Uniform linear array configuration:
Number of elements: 12
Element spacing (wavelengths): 0.75
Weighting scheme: binomial
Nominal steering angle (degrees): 15
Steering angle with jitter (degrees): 14.617
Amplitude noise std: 0.05
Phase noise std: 0.05

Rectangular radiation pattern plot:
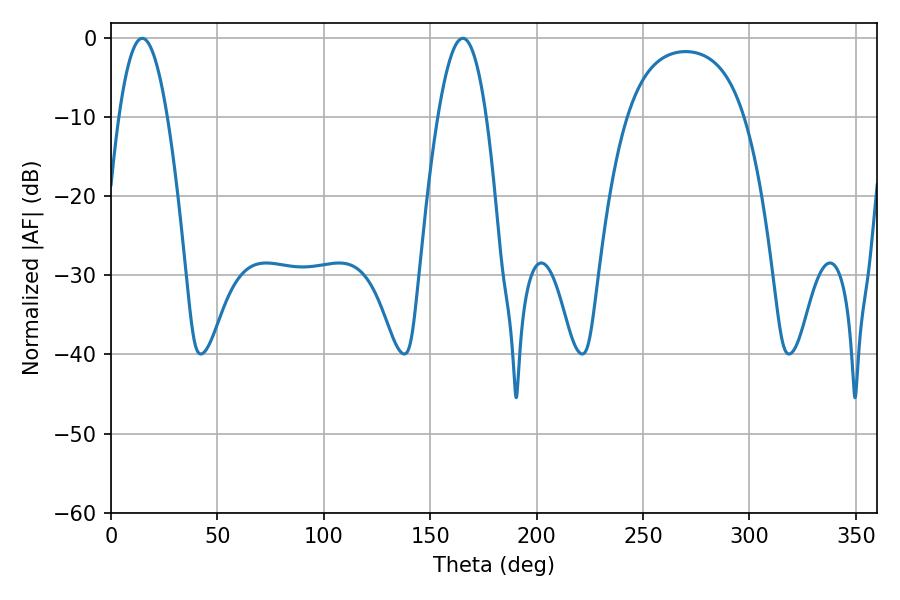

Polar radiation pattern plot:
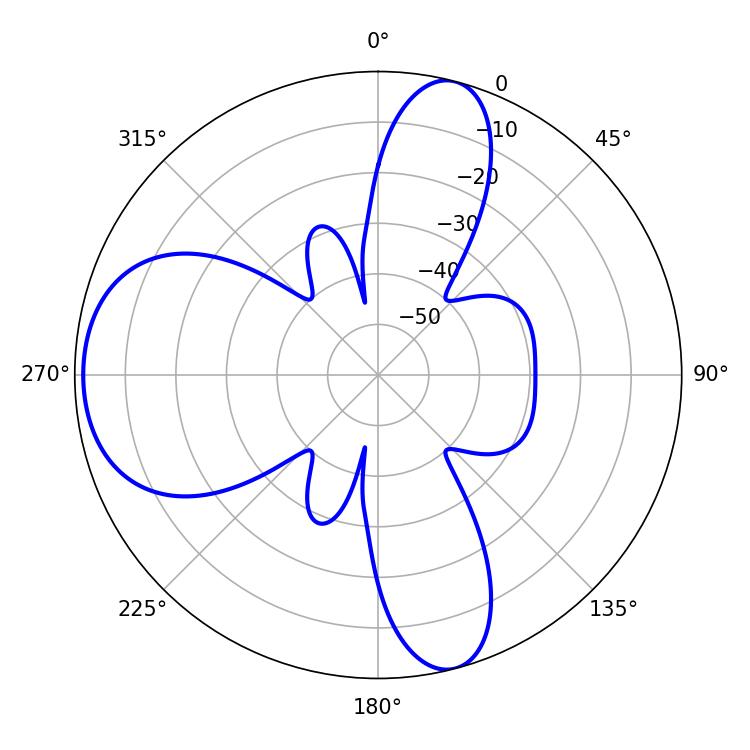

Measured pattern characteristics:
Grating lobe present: TRUE
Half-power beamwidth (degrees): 12.42
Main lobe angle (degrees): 14.76